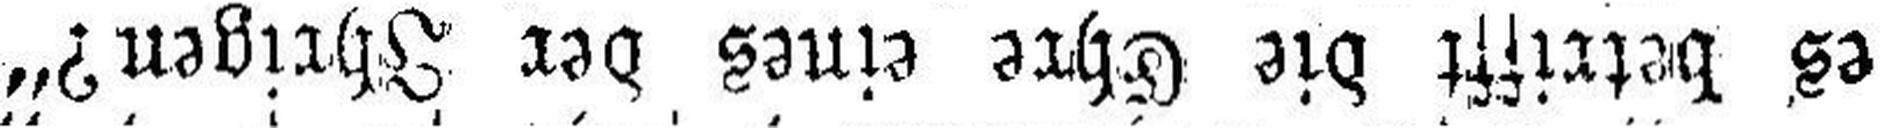
es betrifft die Ehre eines der Ihrigen?“